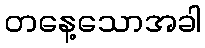
တနေ့သောအခါ